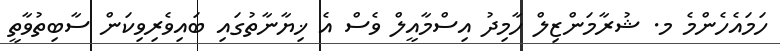
ހަމައެހެންމެ މ. ޝުރާމަންޒިލް ހާމިދު އިސްމާއީލް ވެސް އެ ޚިޔާނާތުގައި ބައިވެރިވިކަން ސާބިތުވާތީ